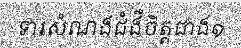
ទារសំណងជំងឺចិត្តជាង១